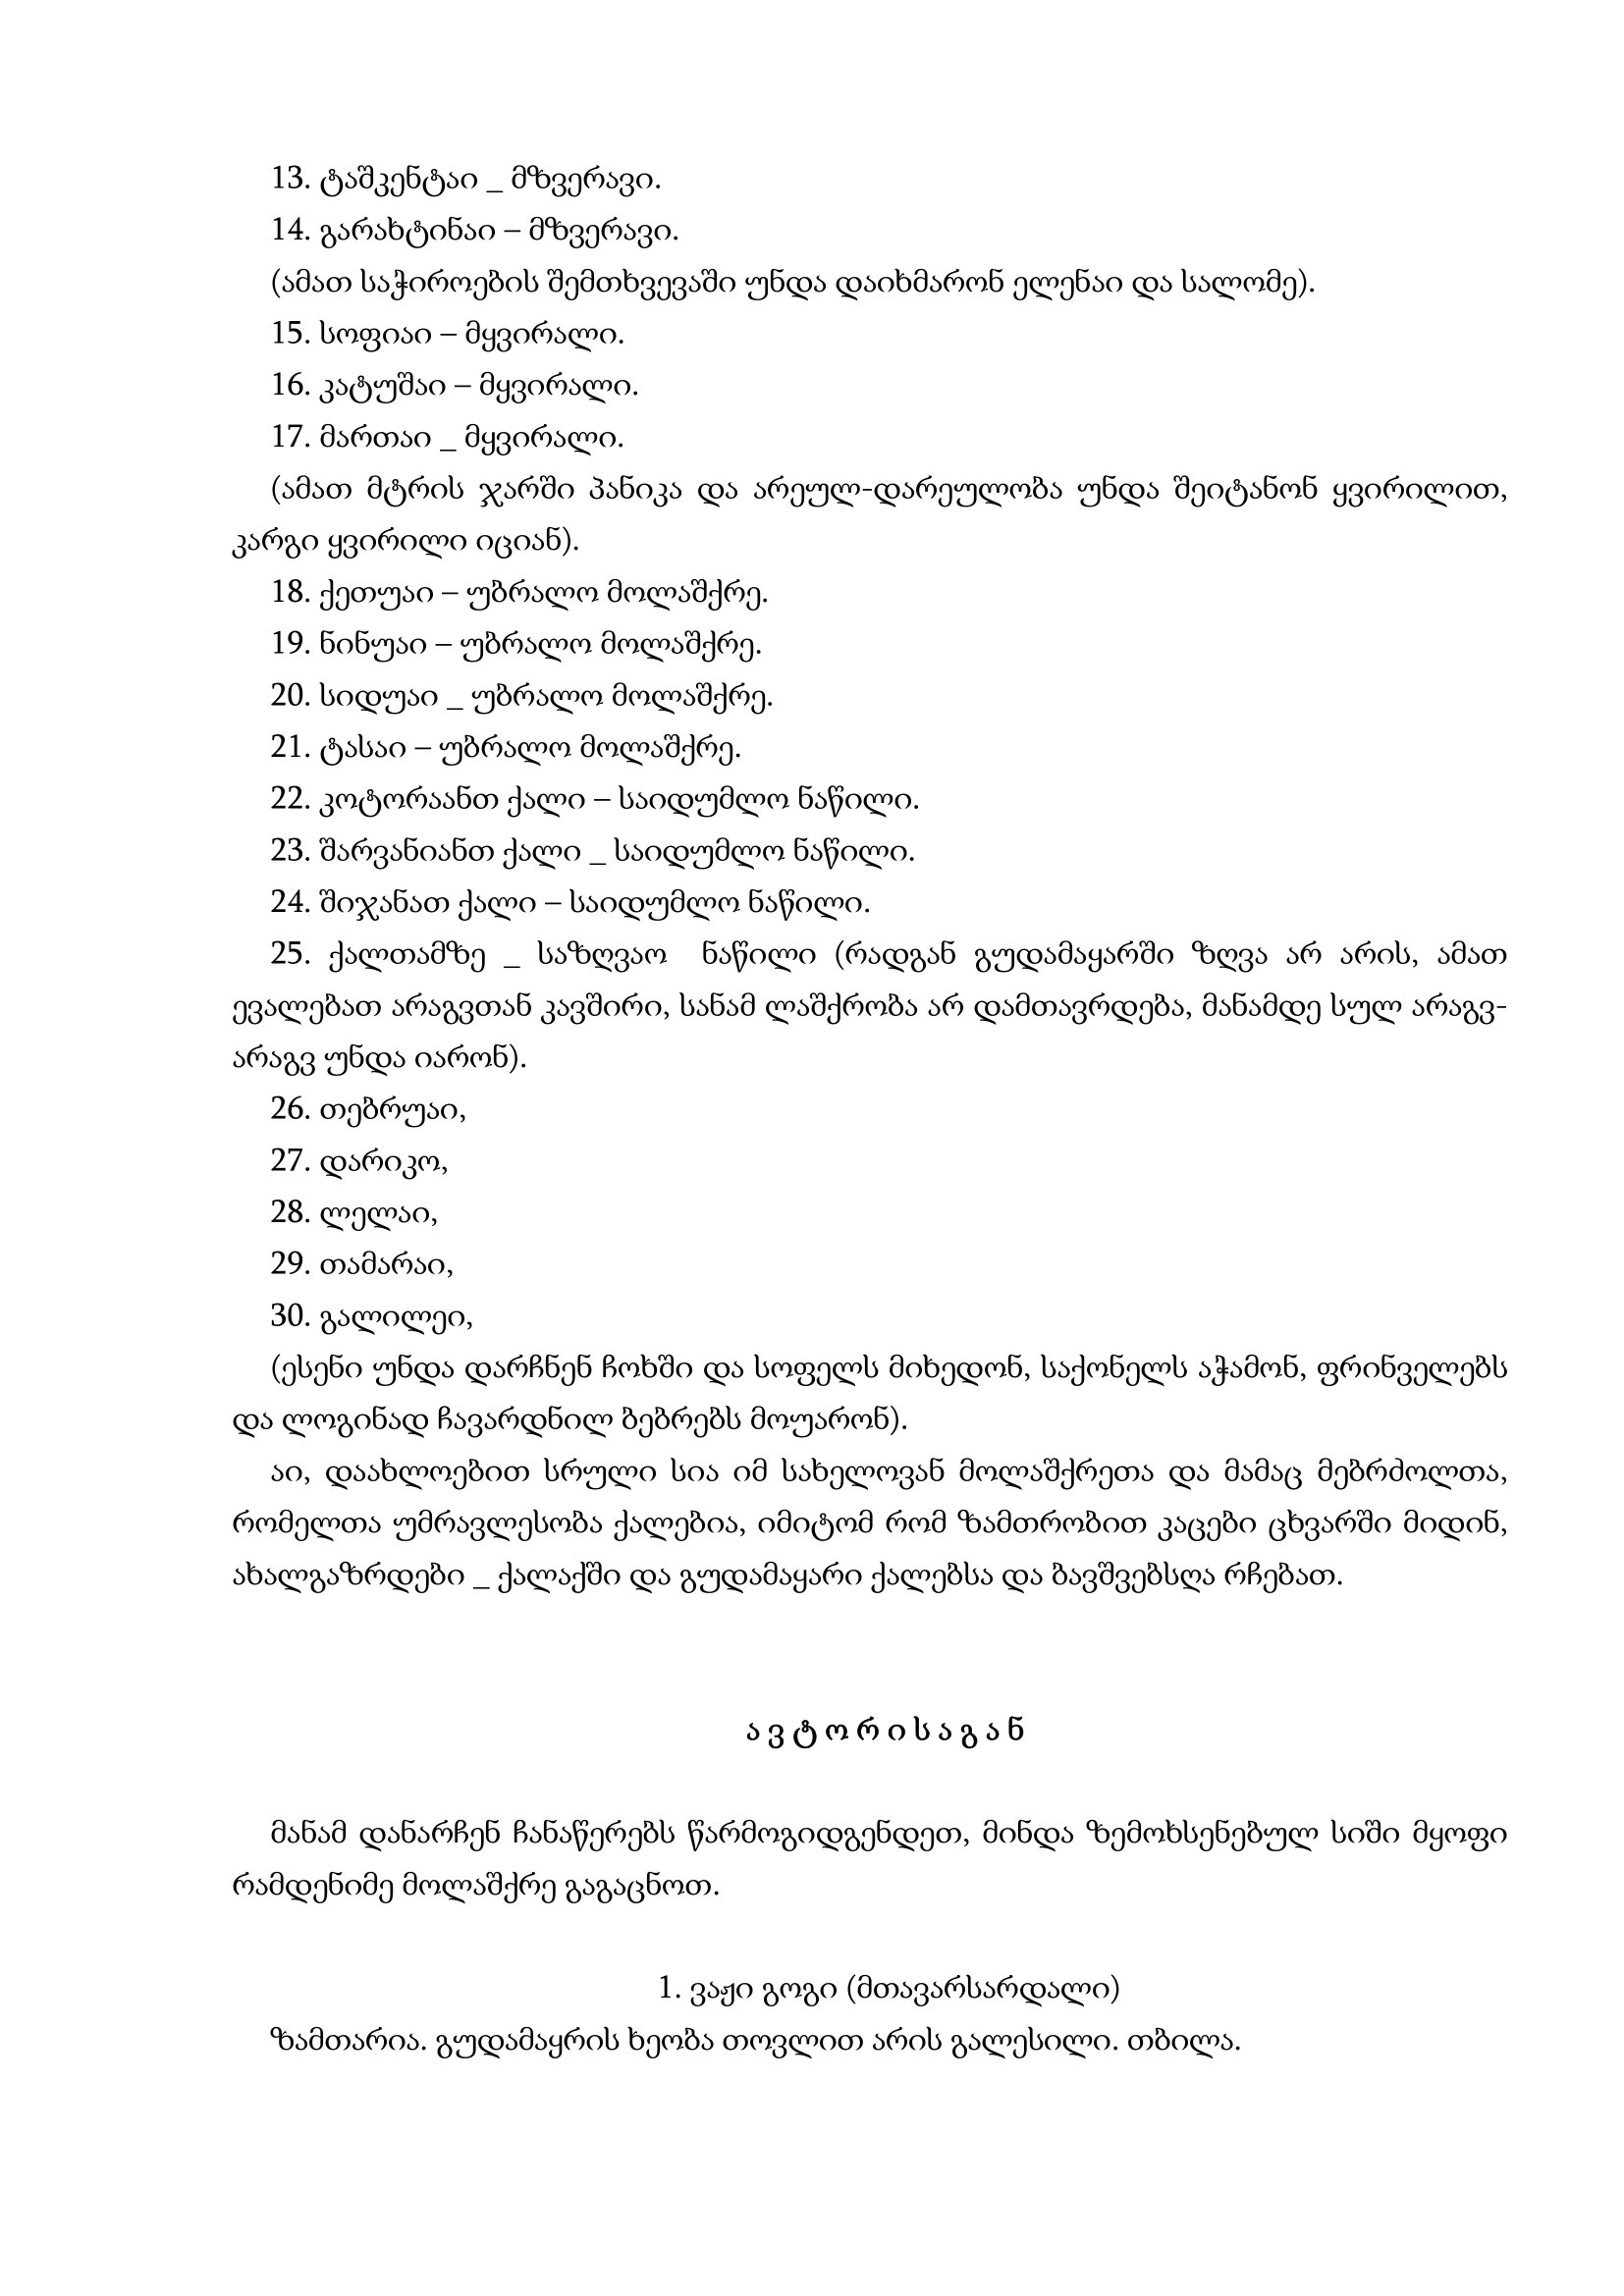
Language: gr